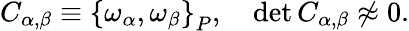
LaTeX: C_{\alpha,\beta}\equiv\left\{ \omega_{\alpha},\omega_{\beta}\right\} _{P},\quad\operatorname*{det}C_{\alpha,\beta}\not\approx 0.